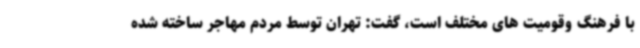
با فرهنگ وقومیت های مختلف است، گفت: تهران توسط مردم مهاجر ساخته شده